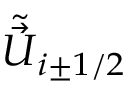
\tilde { \vec { U } } _ { i \pm 1 / 2 }